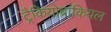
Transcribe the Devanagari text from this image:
ट्रैकियोब्रांकियल